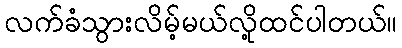
လက်ခံသွားလိမ့်မယ်လို့ထင်ပါတယ်။